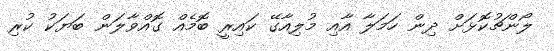
ލޯންޗުކޮޅަށް ދިން ހަމަލާ އާއި މުލިއާގޭ ކައިރީ ބޮމެއް ގޮއްވާލަން ބަޔަކު ކުރި